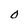
Character: 0